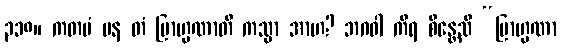
၃၁၈။ ကတမံ ပန တံ ဗြာဟ္မဏာတိ ကသ္မာ အာဟ? ဘဂဝါ ကိရ စိန္တေသိ “ဗြာဟ္မဏာ